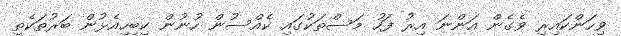
ވިހަންކައިރި ވެގެން އަންނަ އިރު ފަހު މަސްތަކުގައި ކެއްސުން ހުނުން ކިބިހިއެޅުން ބަރުތަކެތި